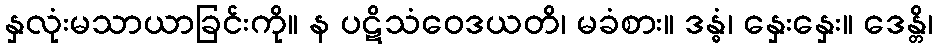
နှလုံးမသာယာခြင်းကို။ န ပဋိသံဝေဒယတိ၊ မခံစား။ ဒန္ဓံ၊ နှေးနှေး။ ဒေန္တိ၊